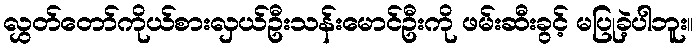
လွှတ်တော်ကိုယ်စားလှယ်ဦးသန်းမောင်ဦးကို ဖမ်းဆီးခွင့် မပြုခဲ့ပါဘူး။